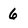
Character: 6